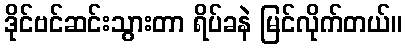
ဒိုင်ဗင်ဆင်းသွားတာ ရိပ်ခနဲ မြင်လိုက်တယ်။